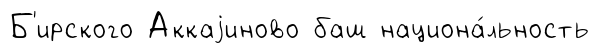
Б'ирского Аккаjиново баш национа́льность